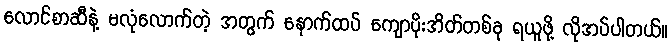
လောင်စာဆီနဲ့ မလုံလောက်တဲ့ အတွက် နောက်ထပ် ကျောပိုးအိတ်တစ်ခု ရယူဖို့ လိုအပ်ပါတယ်။